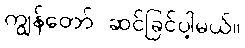
ကျွန်တော် ဆင်ခြင်ပါ့မယ်။